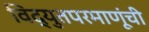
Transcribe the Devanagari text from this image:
विद्युतपरमाणूंची